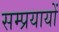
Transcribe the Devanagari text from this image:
सम्प्रयायों